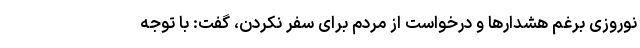
نوروزی برغم هشدارها و درخواست از مردم برای سفر نکردن، گفت: با توجه